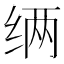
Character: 𮉧